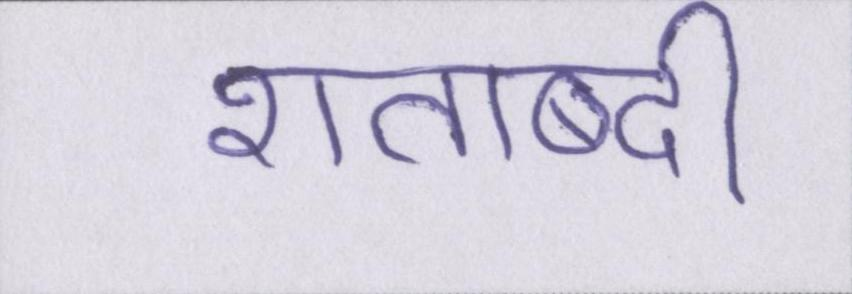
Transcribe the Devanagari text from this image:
शताब्दी